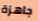
جاهزة